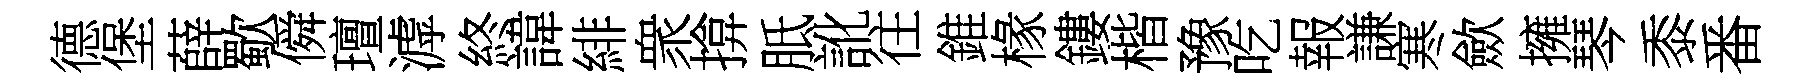
德堡薛歜僢璮滹終諱緋衆揜胝訛往錐椽鏤楷豫吃報謙寒歛擁琴黍番